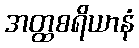
အတ္ထစရိယာနံ